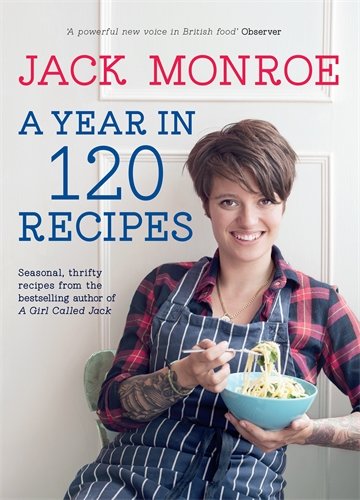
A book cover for A Year in 120 Recipes; Jack Monroe; Cookbooks, Food & Wine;